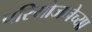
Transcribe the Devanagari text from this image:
परियोजनेच्या